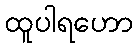
ထူပါရဟော